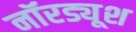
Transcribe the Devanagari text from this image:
नॉरड्यूश